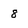
Character: 8